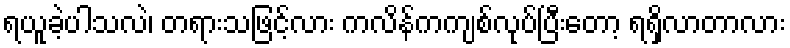
ရယူခဲ့ပါသလဲ၊ တရားသဖြင့်လား ကလိန်ကကျစ်လုပ်ပြီးတော့ ရရှိလာတာလား